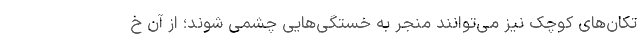
تکان‌های کوچک نیز می‌توانند منجر به خستگی‌هایی چشمی شوند؛ از آن خ